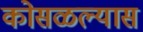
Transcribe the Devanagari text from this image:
कोसळल्यास